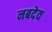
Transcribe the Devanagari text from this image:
नबदेव